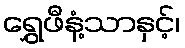
ရွှေဖီနံ့သာနှင့်၊